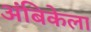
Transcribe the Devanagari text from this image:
अंबिकेला